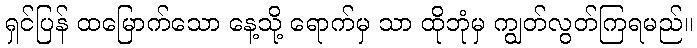
ရှင်ပြန် ထမြောက်သော နေ့သို့ ရောက်မှ သာ ထိုဘုံမှ ကျွတ်လွတ်ကြရမည်။